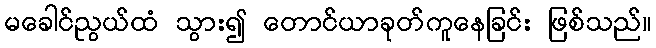
မခေါင်ညွယ်ထံ သွား၍ တောင်ယာခုတ်ကူနေခြင်း ဖြစ်သည်။